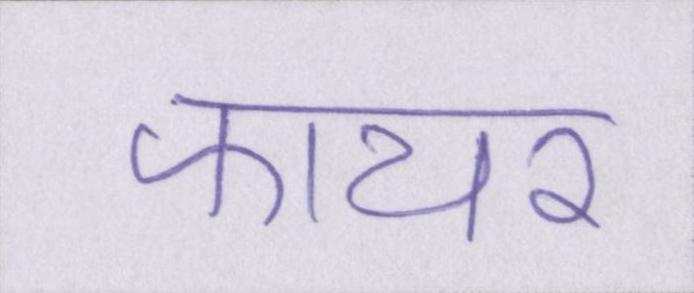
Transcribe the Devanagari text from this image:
फायर